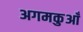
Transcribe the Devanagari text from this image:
अगमकुआँ